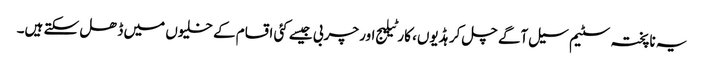
یہ ناپختہ سٹیم سیل آگے چل کر ہڈیوں، کارٹیلیج اور چربی جیسے کئی اقسام کے خلیوں میں ڈھل سکتے ہیں۔